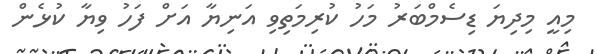
މިއީ މިދިޔަ ޑިސެމްބަރު މަހު ކުރިމަތިވި އަނިޔާ އަށް ފަހު ވިޔާ ކުޅެން